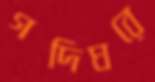
গদিঘরে